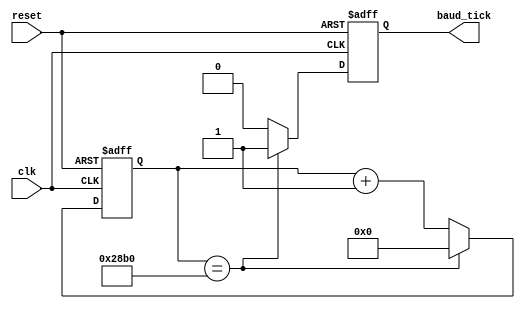
module baud_rate_generator (
    input clk,
    input reset,
    output reg baud_tick
);

parameter BAUD_DIVISOR = 10417; // divisor for 9600 baud rate with 100 MHz clock

reg[13:0] counter;

always @(posedge clk or posedge reset) begin
    if (reset) begin
        counter <= 0;
        baud_tick <= 0;
    end else begin
        if (counter == BAUD_DIVISOR - 1) begin
            counter <= 0;
            baud_tick <= 1;
        end else begin
            counter <= counter + 1;
            baud_tick <= 0;
        end
    end
end

endmodule